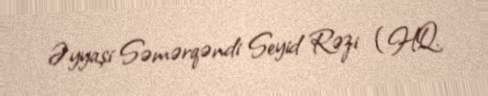
Əyyaşi Səmərqəndi Seyid Rəzi (HQ.